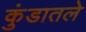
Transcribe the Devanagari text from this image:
कुंडातले